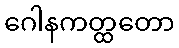
ဂေါနကတ္ထတော